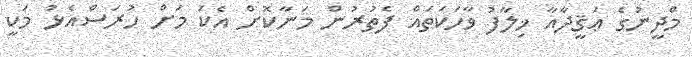
މްދީނުގެ ޢަޤީދާއާ ޚިލާފު ވާހަކަތައް ފެތުރުން މަނާކޮށް އެކަ މަށް ހުރަސްއެޅު މަކީ